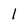
Character: 1